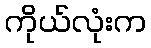
ကိုယ်လုံးက